system: You are a helpful assistant.
user:
Analyze the provided spectrum to determine if it is a **White Dwarf (WD)**.

A White Dwarf spectrum is defined by its **extreme purity** (due to gravitational settling) and/or **extreme pressure broadening** (due to high surface gravity). You must check for one of the following mutually exclusive signatures:

- **Key Visual Indicators (Check for ONE of these types):**

    - **1. DA-Type Signature (Most Common):**
        - **(Primary Feature):** Extreme pressure broadening (Stark broadening) of the **Hydrogen (H) Balmer lines**.
        - **(Key Lines):** $H\beta$ (approx. $4861$ Å) and $H\gamma$ (approx. $4340$ Å). $H\alpha$ (approx. $6563$ Å) will also be present if the wavelength range covers it.
        - **(Line Profile):** This is the **defining feature**. The lines are **NOT** sharp. They appear as massive, **extremely broad and deep "troughs" or "dips"** in the spectrum, often hundreds of Ångströms wide. The continuum will appear to "scoop" down at these wavelengths.
        - **(Distinction):** Normal A-type or B-type stars have *narrow* and *sharp* Hydrogen lines. A DA White Dwarf's lines are unmistakably "smeared" or "blurry" from pressure.

    - **2. DB-Type Signature:**
        - **(Primary Feature):** Broad absorption lines from **Neutral Helium (He I)**. The spectrum must lack any visible Hydrogen lines.
        - **(Key Lines):** Look for broad absorption near $4471$ Å, $4921$ Å, and $5876$ Å.
        - **(Line Profile):** These lines are also significantly pressure-broadened, appearing much wider than they would in a normal B-type main-sequence star.

    - **3. DC-Type Signature:**
        - **(Primary Feature):** A **featureless continuous spectrum**.
        - **(Line Profile):** The spectrum is a smooth curve with **no significant absorption or emission lines**.
        - **(Key Confirmation):** The continuum is almost always **blue or white**, indicating a hot object. This signature implies the atmosphere is so pure (or so cool) that no spectral lines are visible in the optical range. Its WD identity is confirmed by its extremely low intrinsic brightness (high absolute magnitude).

    - **4. DZ-Type Signature (Metal-Polluted):**
        - **(Primary Feature):** **Isolated, narrow metal absorption lines** on an otherwise featureless (DC-like) continuum.
        - **(Key Lines):** The **Calcium (Ca II) H & K doublet** (approx. **$3934$ Å** and **$3968$ Å**) is the most common and defining feature.
        - **(Line Profile):** These lines are "out of place." They are *not* part of a "forest" of thousands of lines. This signature is evidence of recent *accretion* (pollution) from rocky debris.
        - **(Distinction):** Normal G/K/M stars have a *dense forest* of thousands of metal lines. A DZ has a *clean* continuum with *only a few* strong metal lines.

    - **5. DQ-Type Signature (Carbon-Polluted):**
        - **(Primary Feature):** Absorption bands from **Carbon (C₂ "Swan Bands" or atomic C I)**.
        - **(Key Lines - C₂):** Look for bandheads with a "saw-tooth" shape near $5635$ Å, **$5165$ Å** (strongest), and $4737$ Å.
        - **(Key Confirmation):** The underlying **continuum must be blue or white** (hot).
        - **(Distinction):** This is the critical difference from a **Carbon Star**, which has the *exact same* C₂ bands but on an extremely **red, cool** continuum.

- **(Overall Spectrum):**
    - The continuum (overall shape) is typically **blue-sloping** (brighter in the blue than the red), as most white dwarfs are very hot.
    - The spectrum will look "pure" or "simple," dominated by only *one* of the five signatures listed above.

Think first, call **spectral_visualization_tool** if needed to examine features in detail, then provide your final answer. Your response must adhere to the following strict rules:
1.  **Overall Structure:** Your response must follow the format `<think>...</think> <tool_call>...</tool_call> (if a tool is used) <answer>...</answer>`.
2.  **Tool Usage Constraint:** You may only make **one** tool call per turn.
3.  **Final Answer Format:** In the `<answer>` tag, your conclusion must be inside a `\boxed{}` command (e.g., `\boxed{YES}` or `\boxed{NO}`), followed by your justification.

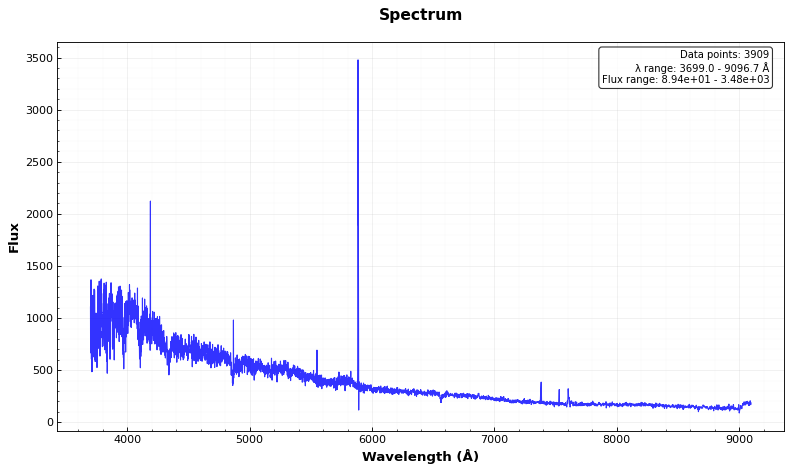
Answer: NO